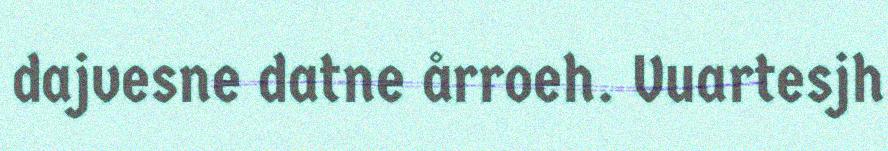
dajvesne datne årroeh. Vuartesjh